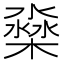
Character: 𣛁